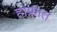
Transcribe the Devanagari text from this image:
होफ्रात